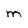
Character: m